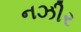
નઝીર